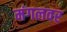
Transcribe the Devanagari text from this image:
मंगलवर